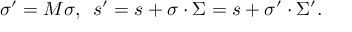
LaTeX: \sigma ^ { \prime } = M \sigma , \enspace s ^ { \prime } = s + \sigma \cdot \Sigma = s + \sigma ^ { \prime } \cdot \Sigma ^ { \prime } .